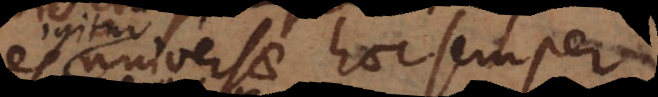
universae hoc semper